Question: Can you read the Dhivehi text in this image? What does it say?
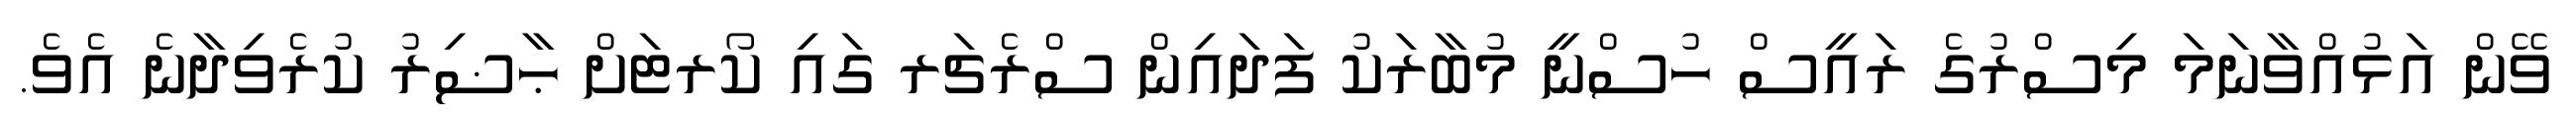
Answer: ވޭން އަޅުއްވާނަމަ މިސްރުގެ ރައީސް ހުސްނީ މުބާރަކު ފަދައިން ސްރެޗަރ ގައި ކޯރޓަށް ޙާޟިރު ކުރެވިދާނެ އެވެ.